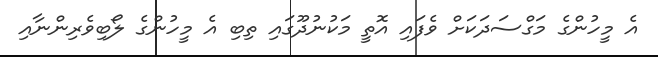
އެ މީހުންގެ މަގްސަދަކަށް ވެފައި އޮތީ މަކުނުދޫގައި ތިބި އެ މީހުންގެ ލޯބިވެރިންނާއި